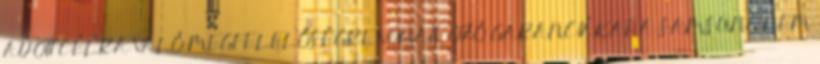
ADOTT CÉLRA VALÓ MEGFELELŐSÉGRE VONATKOZÓ GARANCIÁKAT. A SAMSUNG NEM